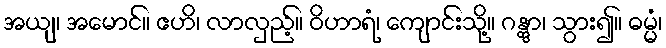
အယျ၊ အမောင်။ ဧဟိ၊ လာလှည့်။ ဝိဟာရံ၊ ကျောင်းသို့။ ဂန္တွာ၊ သွား၍။ ဓမ္မံ၊